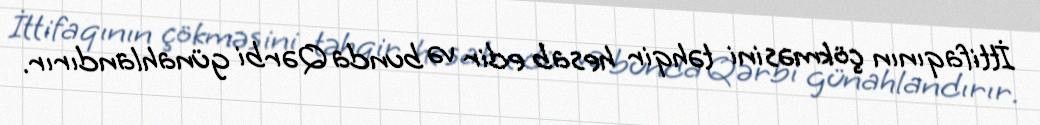
İttifaqının çökməsini təhqir hesab edir və bunda Qərbi günahlandırır.